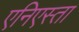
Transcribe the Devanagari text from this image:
एनिएस्ता